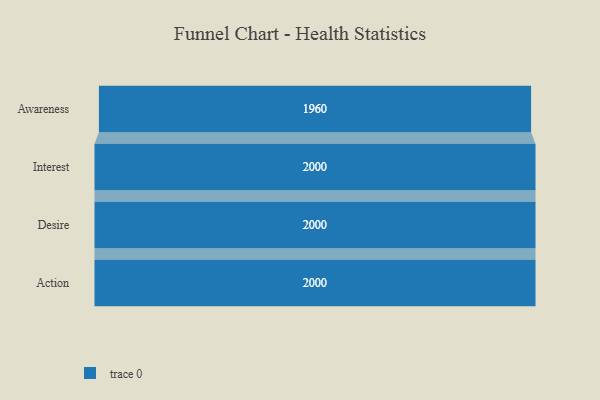
{"axis": {"x": "Stage", "y": "Value"}, "legend": [""], "data": [{"x": "Awareness", "y": 1960.0, "type": ""}, {"x": "Interest", "y": 2000, "type": ""}, {"x": "Desire", "y": 2000, "type": ""}, {"x": "Action", "y": 2000, "type": ""}]}